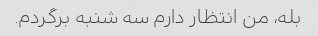
بله، من انتظار دارم سه شنبه برگردم.